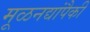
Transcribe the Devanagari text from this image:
मूळनद्यांपैकी